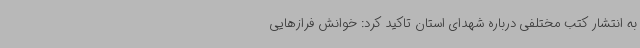
به انتشار کتب مختلفی درباره شهدای استان تاکید کرد: خوانش فرازهایی